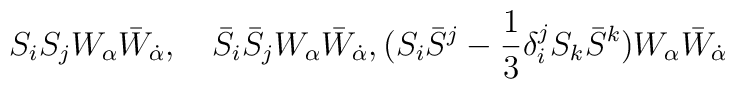
S_iS_jW_\alpha\bar W_{\dot \alpha},\quad \bar S_i\bar S_jW_\alpha\bar W_{\dot\alpha}, (S_i\bar S^j-{1\over 3}\delta_i^jS_k\bar S^k)W_\alpha\bar W_{\dot\alpha}